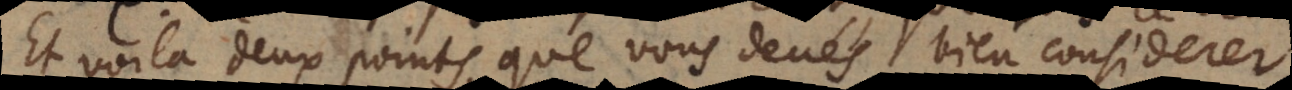
Et voici deux points que vous devés bien considerer: